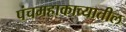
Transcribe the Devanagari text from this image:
पंचमहाकाव्यातील